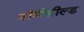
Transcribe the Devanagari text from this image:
नॉर्थफील्ड